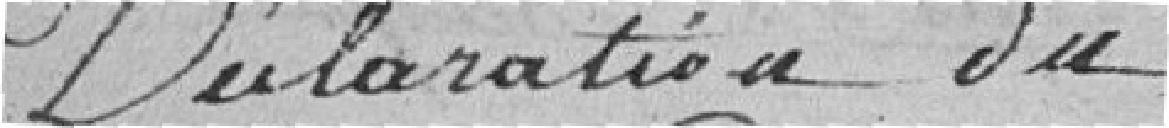
Déclaration du